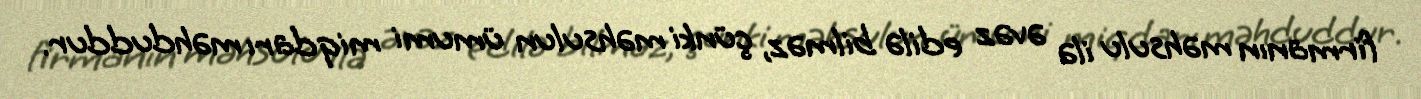
firmanın məhsulu ilə əvəz edilə bilməz, çünki məhsulun ümumi miqdarı məhduddur.